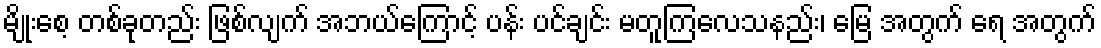
မျိုးစေ့ တစ်ခုတည်း ဖြစ်လျက် အဘယ်ကြောင့် ပန်း ပင်ချင်း မတူကြလေသနည်း၊ မြေ အတွက် ရေ အတွက်